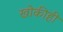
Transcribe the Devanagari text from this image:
खोकीही